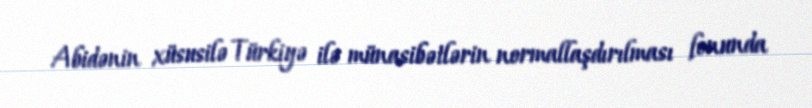
Abidənin xüsusilə Türkiyə ilə münasibətlərin normallaşdırılması fonunda